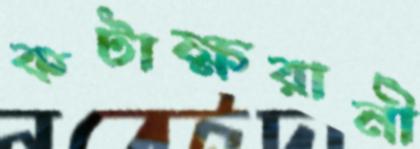
কটাক্ষরানী